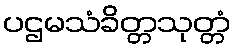
ပဌမသံခိတ္တသုတ္တံ